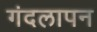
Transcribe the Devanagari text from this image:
गंदलापन